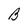
Character: B